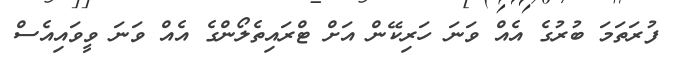
ފުރަތަމަ ބުރުގެ އެއް ވަނަ ހަރިކޭން އަށް ޓްރައިތެލޯންގެ އެއް ވަނަ ވީވައިއެސް